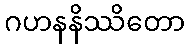
ဂဟနနိဿိတော